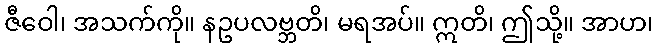
ဇီဝေါ၊ အသက်ကို။ နဥပလဗ္ဘတိ၊ မရအပ်။ ဣတိ၊ ဤသို့။ အာဟ၊